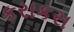
કરાકરા